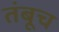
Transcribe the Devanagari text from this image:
तंबूच